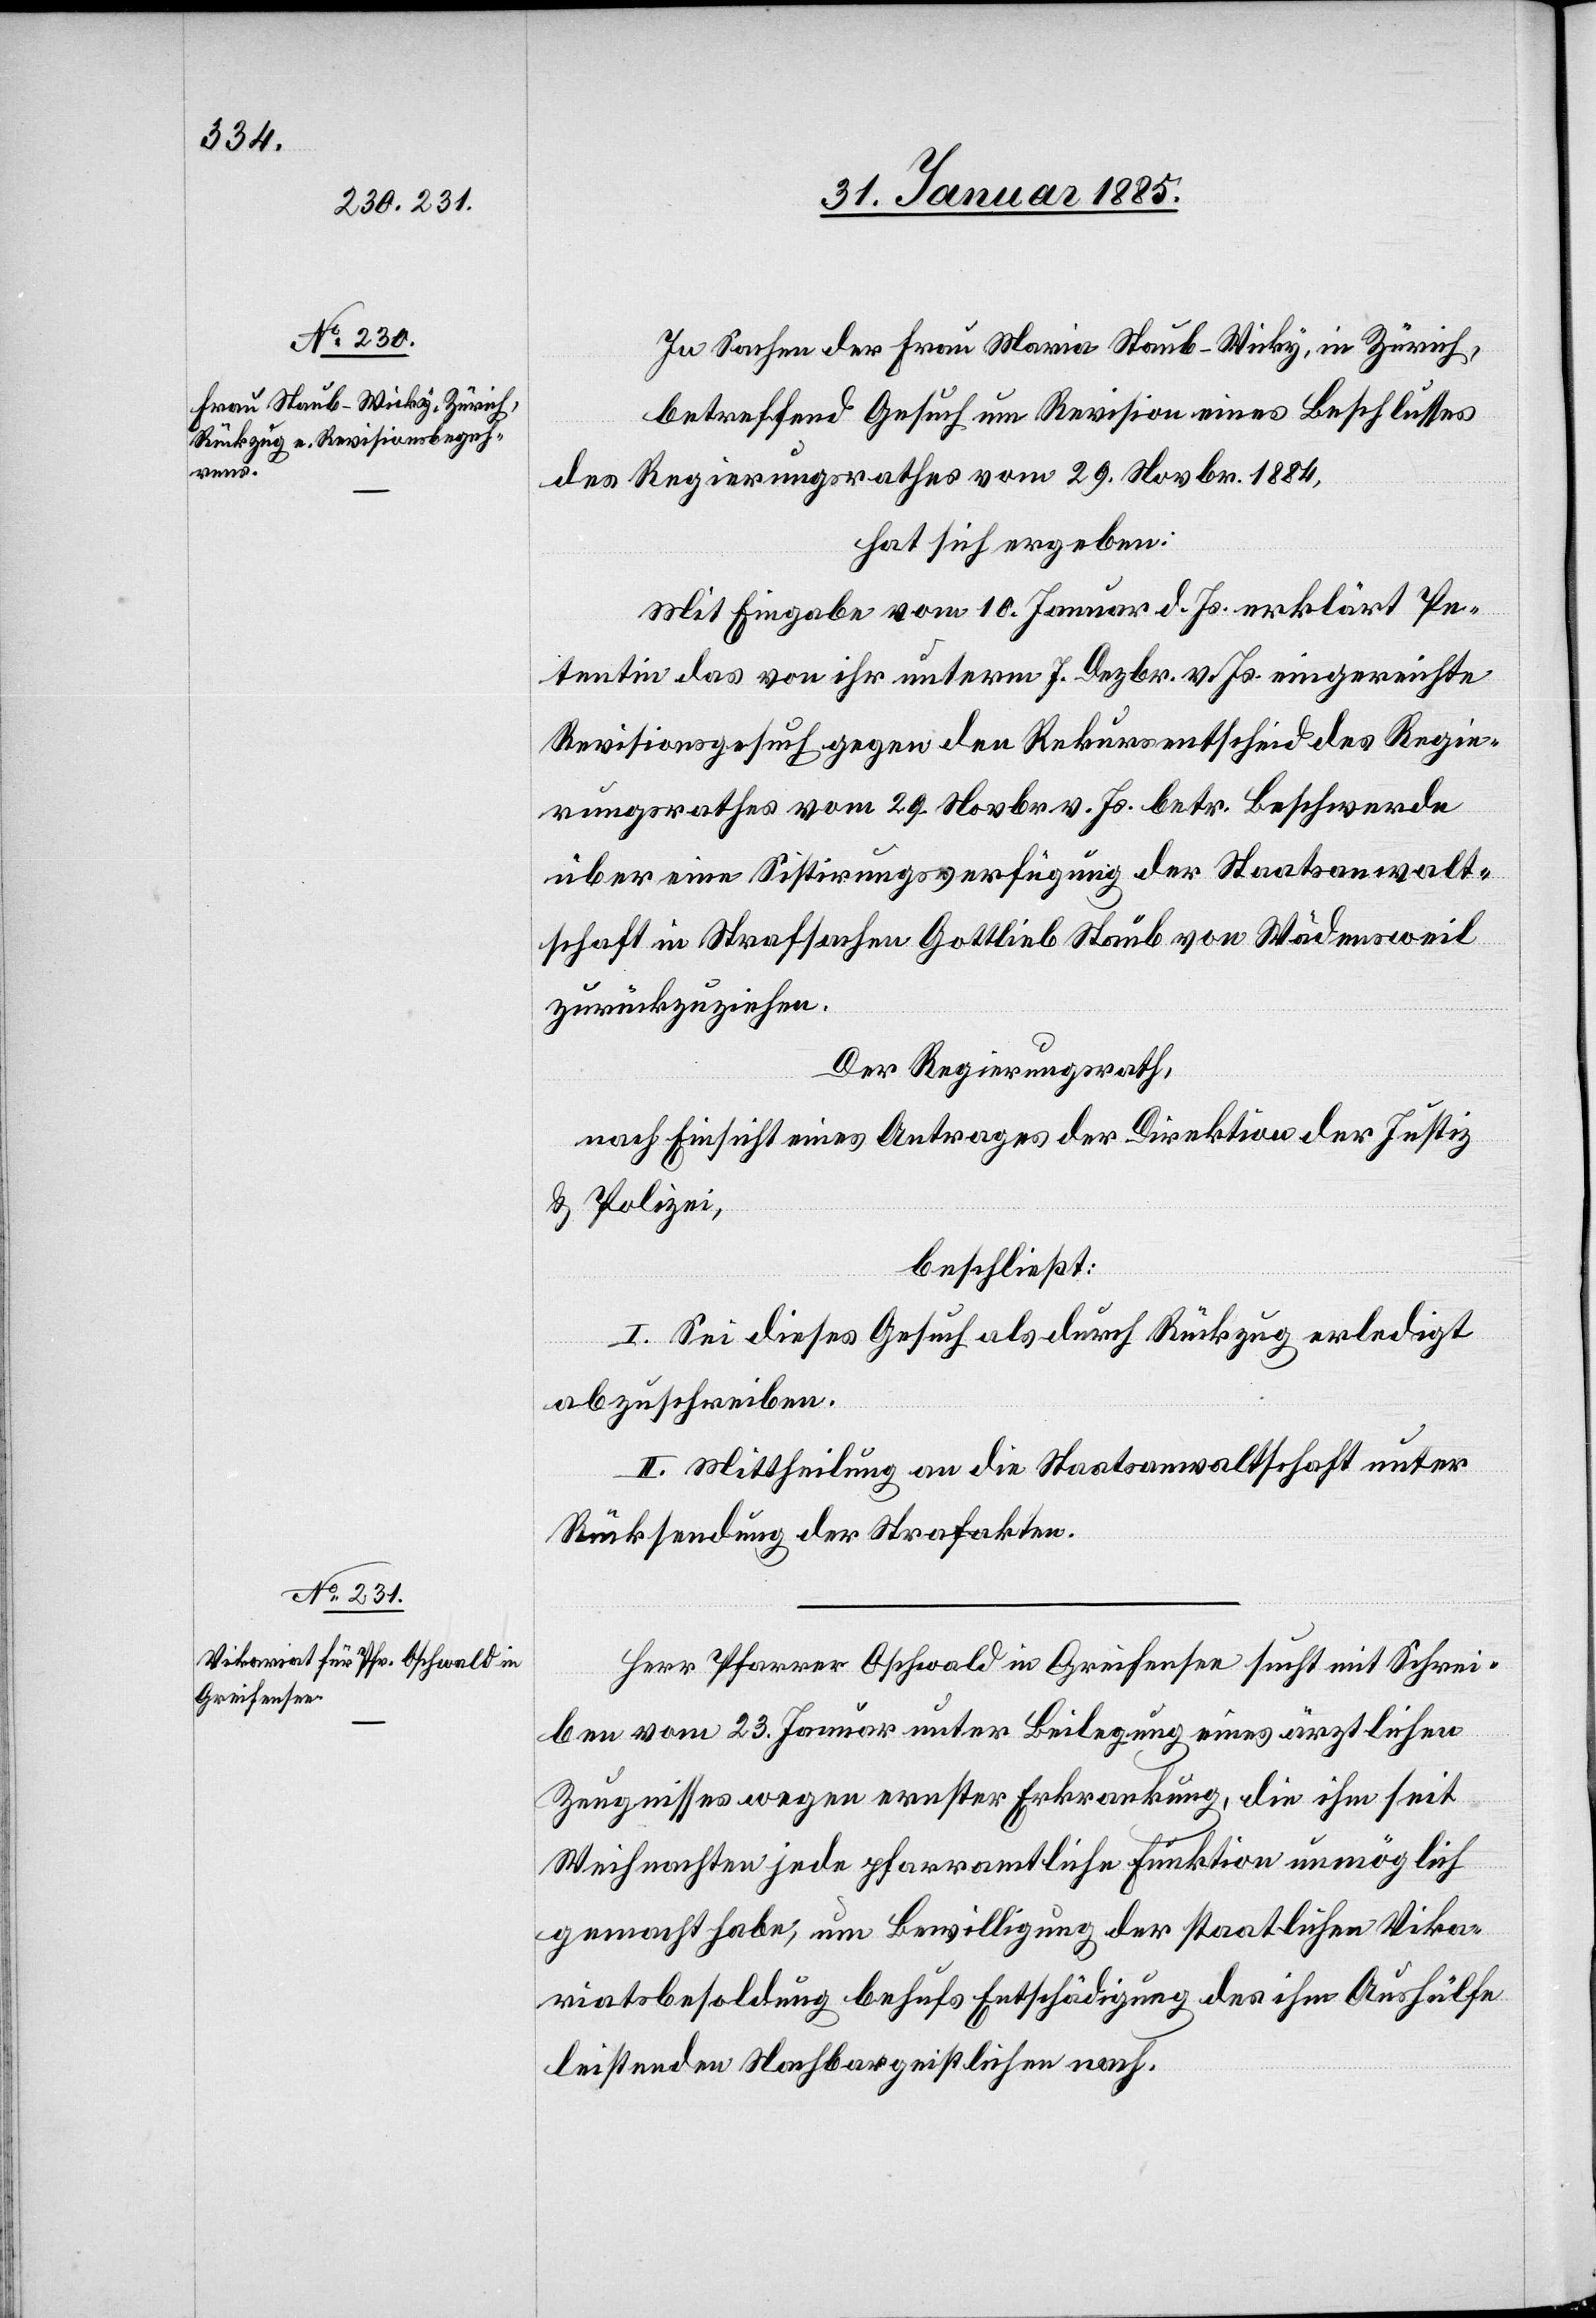
In Sachen der Frau Maria Staub-Wicky, in Zürich,
betreffend Gesuch um Revision eines Beschlusses
des Regierungsrathes vom 29. Novbr. 1884,
hat sich ergeben:
Mit Eingabe vom 10. Januar d. Js. erklärt Pe¬
tentin das von ihr unterm 7. Dezbr. v. Js. eingereichte
Revisionsgesuch gegen den Rekursentscheid des Regie¬
rungsrathes vom 29. Novbr. v. Js. betr. Beschwerde
über eine Sistirungsverfügung der Staatsanwalt¬
schaft in Strafsachen Gottlieb Staub von Wädensweil
zurückzuziehen.
Der Regierungsrath,
nach Einsicht eines Antrages der Direktion der Justiz
& Polizei,
beschließt:
I. Sei dieses Gesuch als durch Rückzug erledigt
abzuschreiben.
II. Mittheilung an die Staatsanwaltschaft unter
Rücksendung der Strafakten.
Herr Pfarrer Oschwald in Greifensee sucht mit Schrei¬
ben vom 23. Januar unter Beilegung eines ärztlichen
Zeugnisses wegen ernster Erkrankung, die ihm seit
Weihnachten jede pfarramtliche Funktion unmöglich
gemacht habe, um Bewilligung der staatlichen Vika¬
riatsbesoldung behufs Entschädigung des ihm Aushülfe
leistenden Nachbargeistlichen nach.